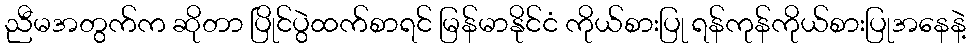
ညီမအတွက်က ဆိုတာ ပြိုင်ပွဲထက်စာရင် မြန်မာနိုင်ငံ ကိုယ်စားပြု ရန်ကုန်ကိုယ်စားပြုအနေနဲ့